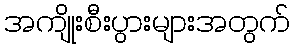
အကျိုးစီးပွားများအတွက်